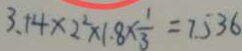
3 . 1 4 \times 2 ^ { 2 } \times 1 . 8 \times \frac { 1 } { 3 } = 7 . 5 3 6